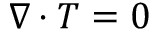
\nabla \cdot T = 0